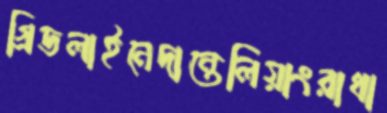
গ্রিডলাইনেদান্তেলিয়াংরাধা